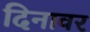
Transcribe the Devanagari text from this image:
दिनावर